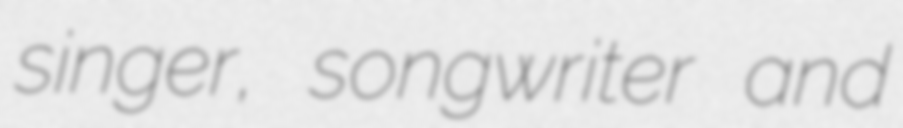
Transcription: singer, songwriter and